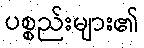
ပစ္စည်းများ၏